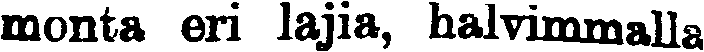
monta ori lajia, halvimmalla